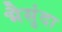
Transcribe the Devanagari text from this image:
भैसुंदा